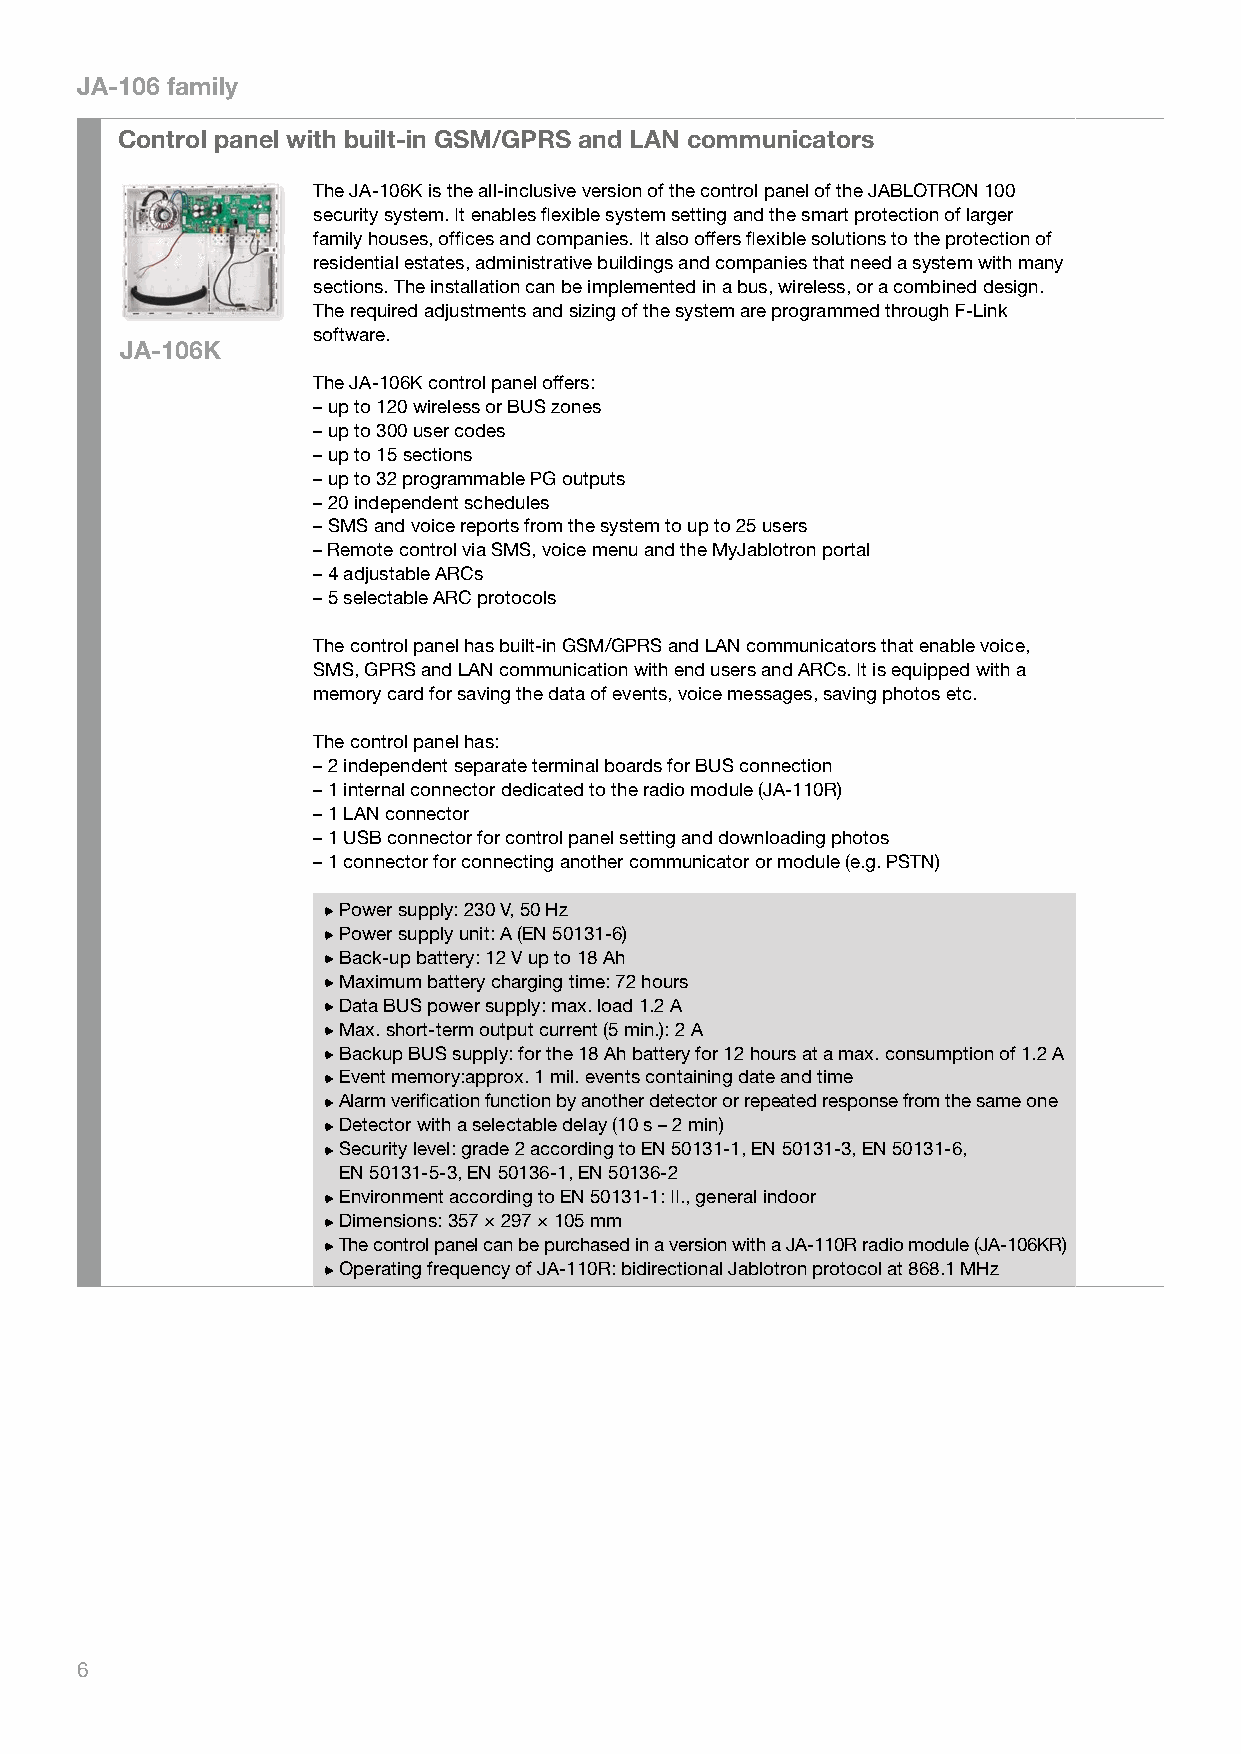
JA-106 family
 Control panel with built-in GSM/GPRS and LAN communicators
 The JA-106K is the all-inclusive version of the control panel of the JABLOTRON 100
 security system. It enables flexible system setting and the smart protection of larger
 family houses, offices and companies. It also offers flexible solutions to the protection of
 residential estates, administrative buildings and companies that need a system with many
 sections. The installation can be implemented in a bus, wireless, or a combined design.
 The required adjustments and sizing of the system are programmed through F-Link
 software.
 JA-106K
 The JA-106K control panel offers:
 – up to 120 wireless or BUS zones
 – up to 300 user codes
 – up to 15 sections
 – up to 32 programmable PG outputs
 – 20 independent schedules
 – SMS and voice reports from the system to up to 25 users
 – Remote control via SMS, voice menu and the MyJablotron portal
 – 4 adjustable ARCs
 – 5 selectable ARC protocols
 The control panel has built-in GSM/GPRS and LAN communicators that enable voice,
 SMS, GPRS and LAN communication with end users and ARCs. It is equipped with a
 memory card for saving the data of events, voice messages, saving photos etc.
 The control panel has:
 – 2 independent separate terminal boards for BUS connection
 – 1 internal connector dedicated to the radio module (JA-110R)
 – 1 LAN connector
 – 1 USB connector for control panel setting and downloading photos
 – 1 connector for connecting another communicator or module (e.g. PSTN)
 Power supply: 230 V, 50 Hz
 Power supply unit: A (EN 50131-6)
 Back-up battery: 12 V up to 18 Ah
 Maximum battery charging time: 72 hours
 Data BUS power supply: max. load 1.2 A
 Max. short-term output current (5 min.): 2 A
 Backup BUS supply: for the 18 Ah battery for 12 hours at a max. consumption of 1.2 A
 Event memory:approx. 1 mil. events containing date and time
 A larm verification function by another detector or repeated response from the same one
 Detector with a selectable delay (10 s – 2 min)
 Security level: grade 2 according to EN 50131-1, EN 50131-3, EN 50131-6,
 EN 50131-5-3, EN 50136-1, EN 50136-2
 Environment according to EN 50131-1: II., general indoor
 Dimensions: 357 × 297 × 105 mm
 T he control panel can be purchased in a version with a JA-110R radio module (JA-106KR)
 Operating frequency of JA-110R: bidirectional Jablotron protocol at 868.1 MHz
 6